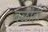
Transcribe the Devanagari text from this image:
बळीही